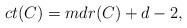
LaTeX: \begin{align*} ct(C)=mdr(C)+d-2,\end{align*}